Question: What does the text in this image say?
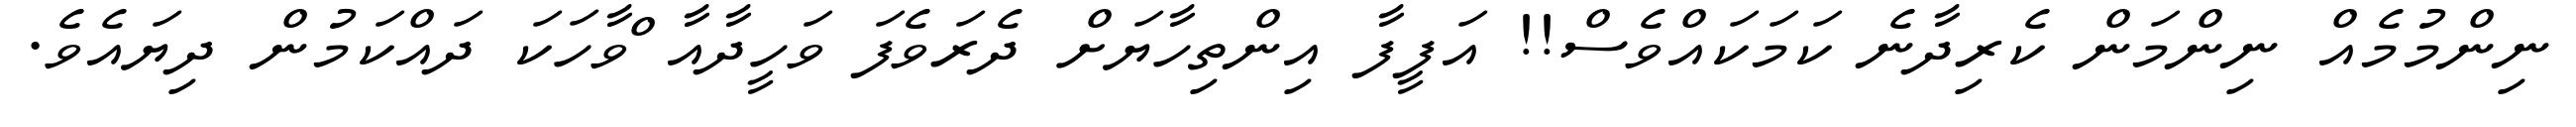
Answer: ނިންމުމެއް ނިންމަން ކެރިދާނެ ކަމަކައްވެސް!! އަފީފާ އިންތިހާޔަށް ދެރަވެފަ ވަހީދާއާ ްވާހަކަ ދައްކަމުން ދިޔައެވެ.